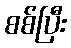
စစ်ပြီး